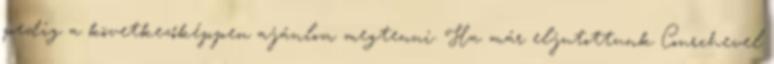
pedig a következőképpen ajánlom megtenni. Ha már eljutottunk Courchevel